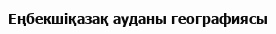
Еңбекшіқазақ ауданы географиясы